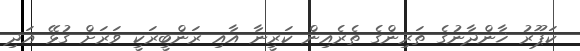
ކަޕޫރު ޚާންދާނުގެ ތަރިންގެ ތެރެއިން ކަރީނާ އާއި ރަންބީރަކީ ވަރަށް ގުޅޭ އަދި